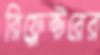
রিফ্লেক্টরের